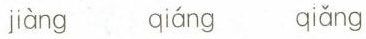
jiàng jiáng qiǎng